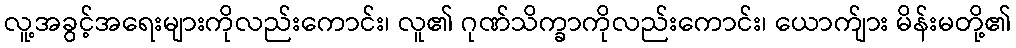
လူ့အခွင့်အရေးများကိုလည်းကောင်း၊ လူ၏ ဂုဏ်သိက္ခာကိုလည်းကောင်း၊ ယောက်ျား မိန်းမတို့၏